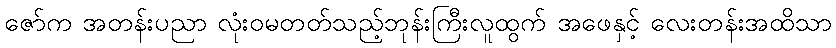
ဇော်က အတန်းပညာ လုံးဝမတတ်သည့်ဘုန်းကြီးလူထွက် အဖေနှင့် လေးတန်းအထိသာ